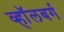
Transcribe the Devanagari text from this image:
व्हाॅलबर्ग